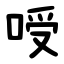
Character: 㖟